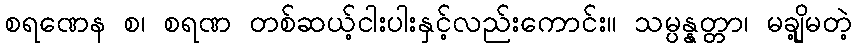
စရဏေန စ၊ စရဏ တစ်ဆယ့်ငါးပါးနှင့်လည်းကောင်း။ သမ္ပန္နတ္တာ၊ မချို့မတဲ့